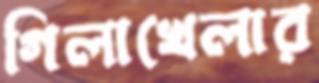
গিলাখেলার